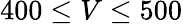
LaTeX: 400\leq V\leq 500